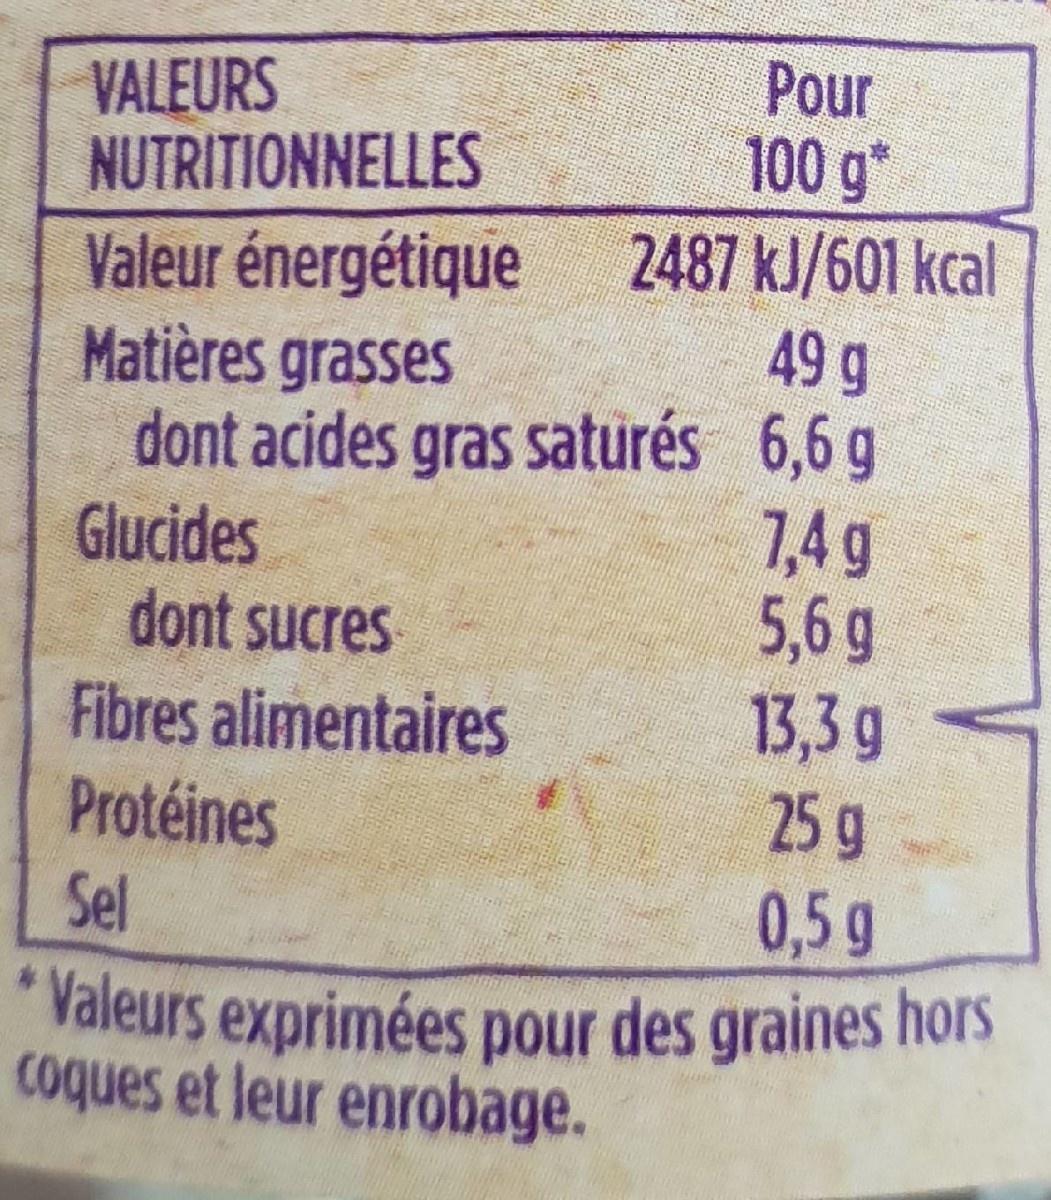
VALEURS NUTRITIONNELLES
Valeur énergétique
Matières grasses
dont acides gras saturés
Glucides
dont sucres
Fibres alimentaires
Protéines
Sel
Pour 100 g
2487 kJ/601 kcal
49 g
6,6 g
7,4 g
5,6 g
13,3 g
25 g
0,5 g
*Valeurs exprimées pour des graines hors
coques et leur enrobage.